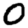
Digit: 0